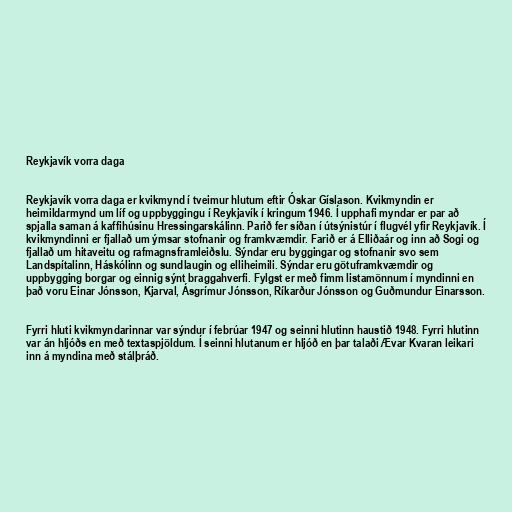
Reykjavík vorra daga

Reykjavík vorra daga er kvikmynd í tveimur hlutum eftir Óskar Gíslason. Kvikmyndin er
heimildarmynd um líf og uppbyggingu í Reykjavík í kringum 1946. Í upphafi myndar er par að
spjalla saman á kaffihúsinu Hressingarskálinn. Parið fer síðan í útsýnistúr í flugvél yfir Reykjavík. Í
kvikmyndinni er fjallað um ýmsar stofnanir og framkvæmdir. Farið er á Elliðaár og inn að Sogi og
fjallað um hitaveitu og rafmagnsframleiðslu. Sýndar eru byggingar og stofnanir svo sem
Landspítalinn, Háskólinn og sundlaugin og elliheimili. Sýndar eru götuframkvæmdir og
uppbygging borgar og einnig sýnt braggahverfi. Fylgst er með fimm listamönnum í myndinni en
það voru Einar Jónsson, Kjarval, Ásgrímur Jónsson, Ríkarður Jónsson og Guðmundur Einarsson.

Fyrri hluti kvikmyndarinnar var sýndur í febrúar 1947 og seinni hlutinn haustið 1948. Fyrri hlutinn
var án hljóðs en með textaspjöldum. Í seinni hlutanum er hljóð en þar talaði Ævar Kvaran leikari
inn á myndina með stálþráð.